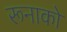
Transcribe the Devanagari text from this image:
रूनाको